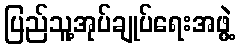
ပြည်သူ့အုပ်ချုပ်ရေးအဖွဲ့